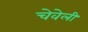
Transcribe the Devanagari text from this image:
चेवेली